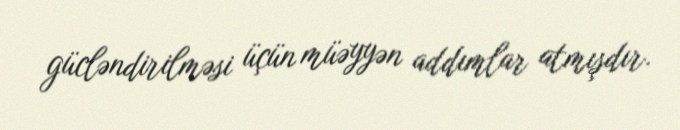
gücləndirilməsi üçün müəyyən addımlar atmışdır.